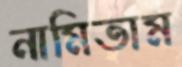
নামিতাম